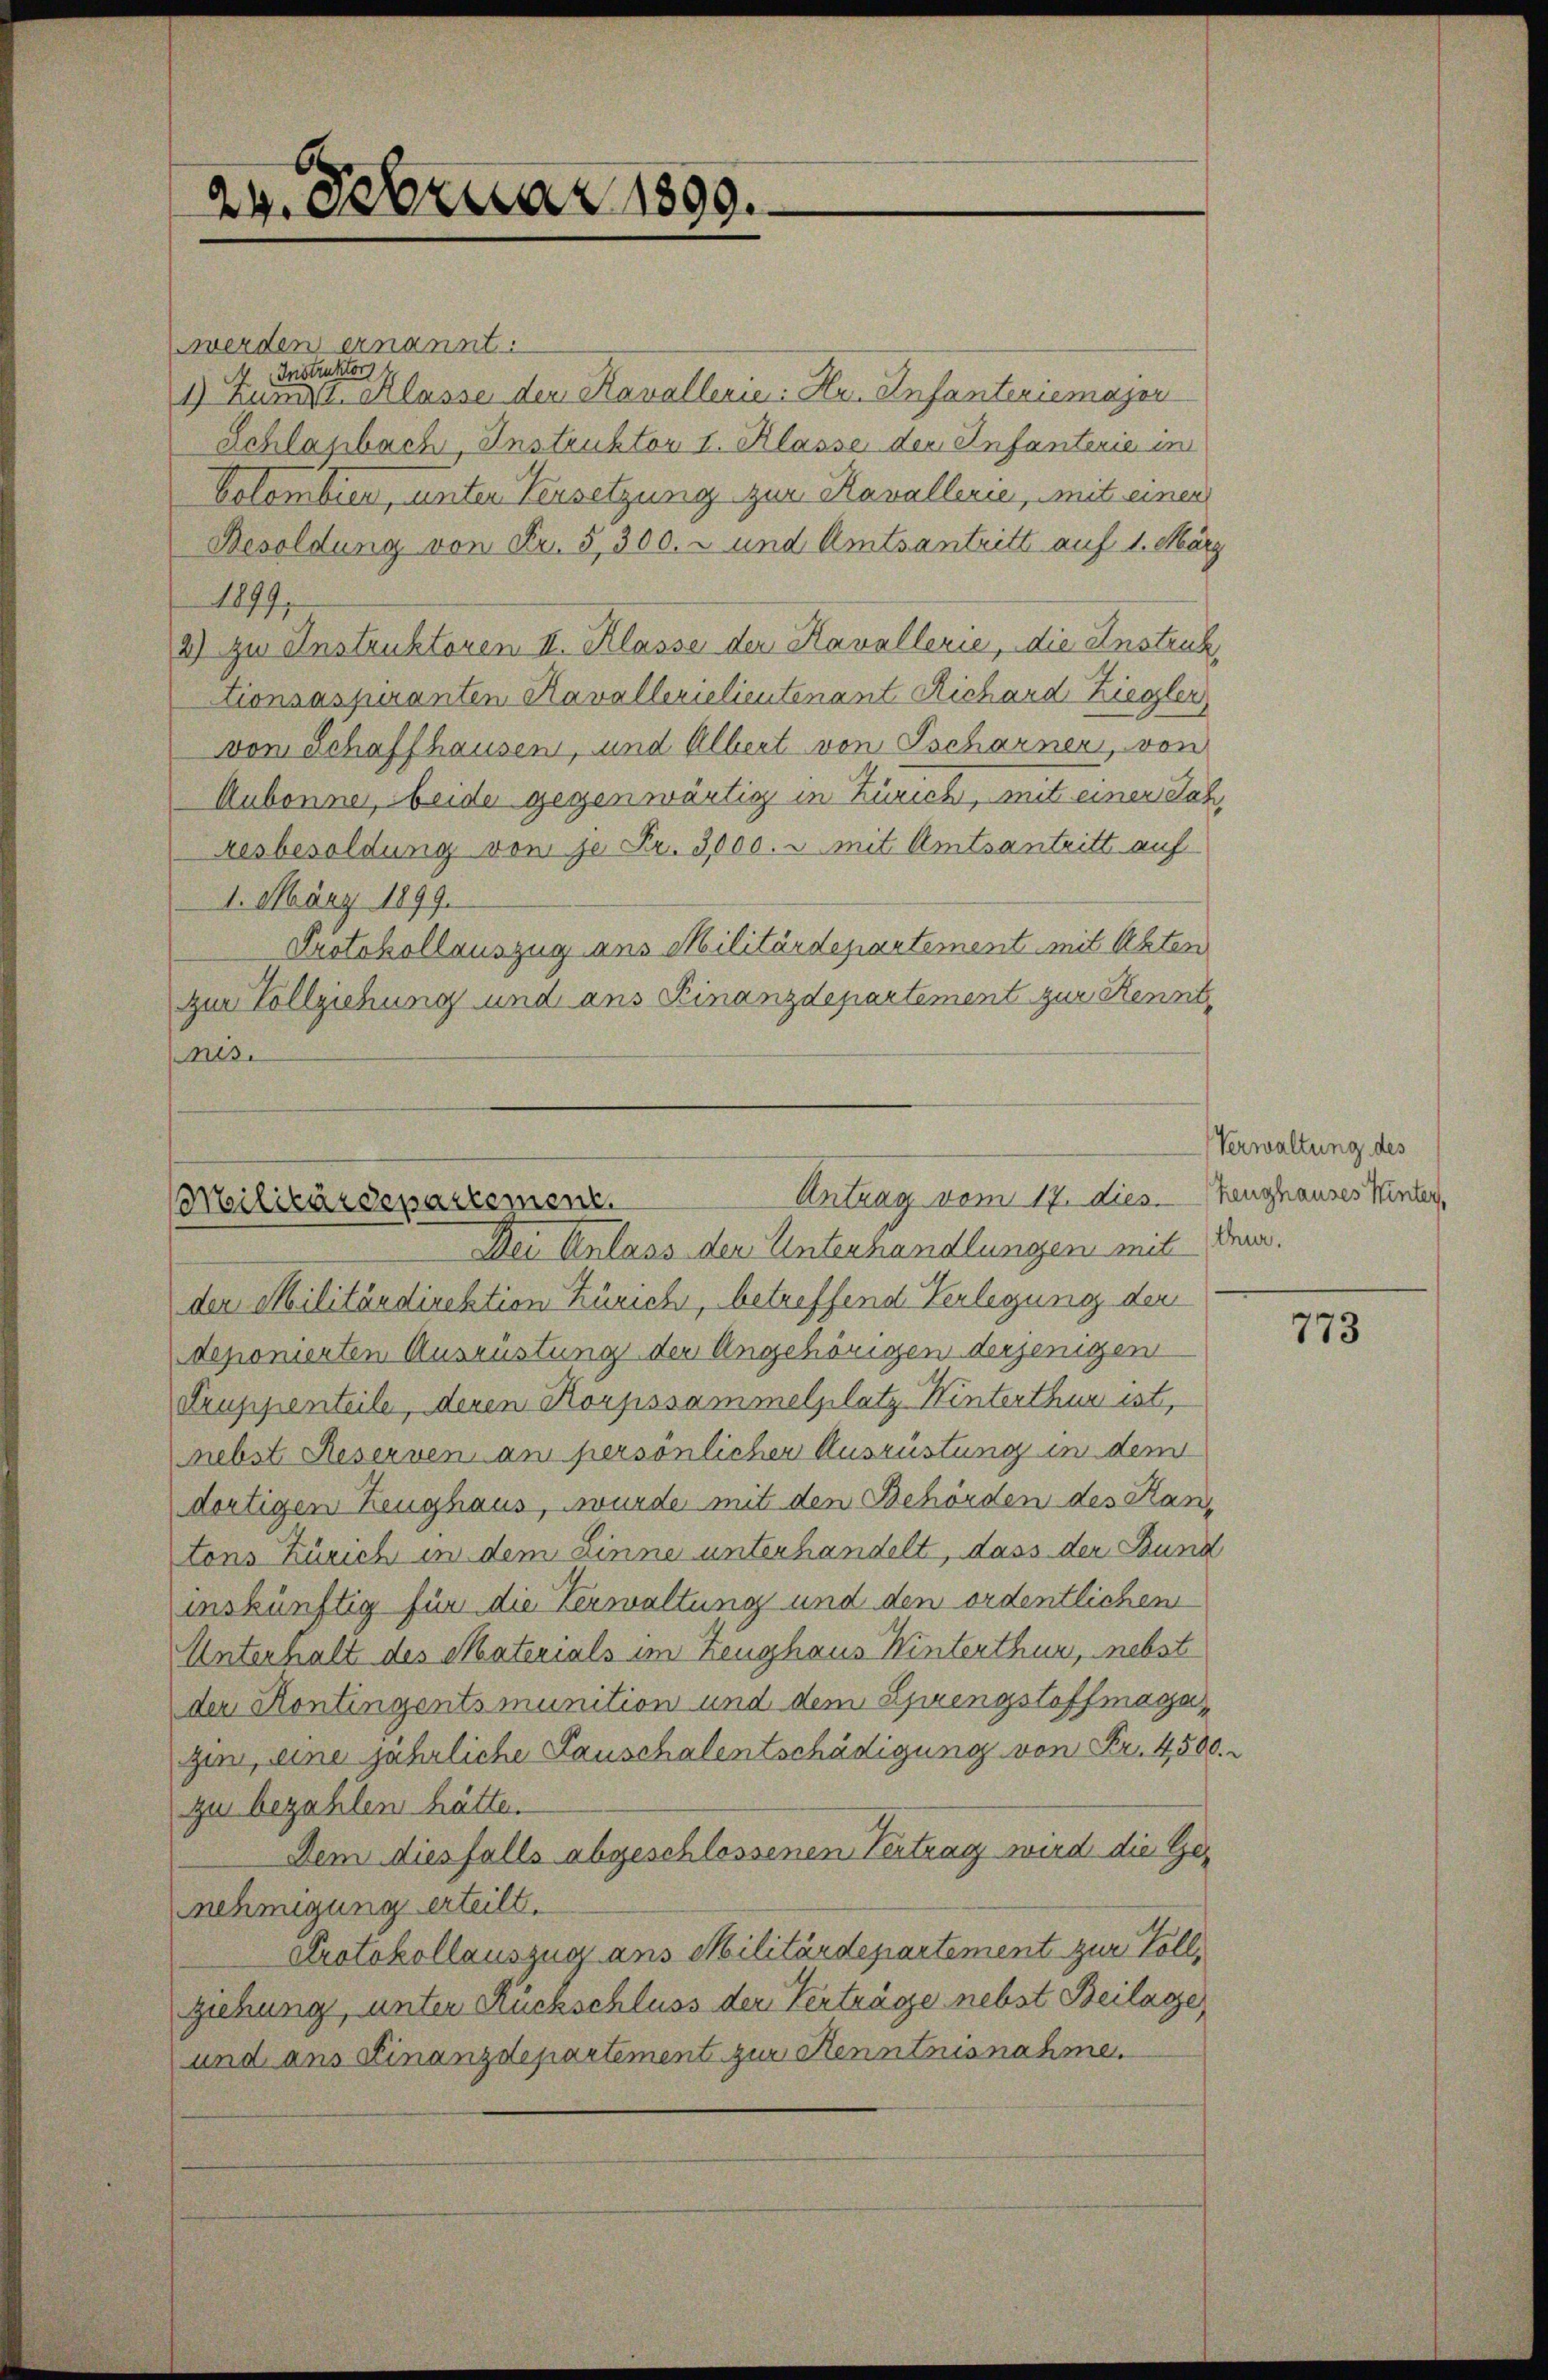
24. Februar 1890.

werden ernannt.
A Instruktors 1.
1) Zumpt. Klasse der Kavallerie: Hr. Anfantersemajor
Schlasbach, Instruktor I. Klasse der Infanterie in
Colombien, unter Versetzung zur Kavallerie, mit einen
Besoldung von Fr. 5300. - und Amtsantritt auf 1. März
1879.
2) zu Instruktoren II. Klasse der Kavallerie, die Anstruk
tionsaspiranten Kavallerielieutenant Richard Ziegler
von Schaffhausen, und Albert von Tscharner, von
Aubonner, beide gegenwärtig in Zürich, mit einer Jah¬
Aesbesoldung von je Fr. 3,000. u mit Amtsantritt auf
1. März 1899.
Protokollauszug aus Militärdepartement mit Abten
zur Vollziehung und ans Finanzdepartement zur Kennt,
nes.

Antrag vom 17. dies hanghauses Winter
Militärdepartement.

Dei Anlass der Unterhandlungen mit dran.
der Militärdirektion Zürich, betreffend Verlegung der
deponierten Ausrüstung der Angehörigen derjenigen
Truppenteile, deren Korpssammelplatz Winterthur ist,
nebst Reserven an persönlicher Ausrüstung in dem
dortigen Zeughaus, wurde mit den Behörden des Kantons Zürich in dem Linne unterhandelt, dass der Bund
inskünftig für die Verwaltung und den ordentlichen
Unterhalt des Materials im Zeughaus Winterthur, nebst
der Kontingentsmunition und dem Sprengstoffmagazin, eine jährliche Tauschalentschädigung von Fr. 4500.
zu bezahlen hätte.
Dem diesfalls abgeschlossenen Vertrag wird die Genehmigung erteilt.
Protokollauszug aus Militärdepartement zur Vollziehung, unter Rückschluss der Verträge nebst Beilage,
und aus Finanzdepartement zur Kenntnisnahme.

Verwaltung des

773